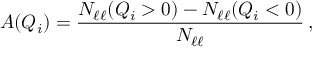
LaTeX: A ( Q _ { i } ) = \frac { N _ { \ell \ell } ( Q _ { i } > 0 ) - N _ { \ell \ell } ( Q _ { i } < 0 ) } { N _ { \ell \ell } } \, ,